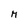
Character: M